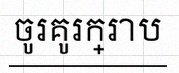
ចូរគូរក្រាប